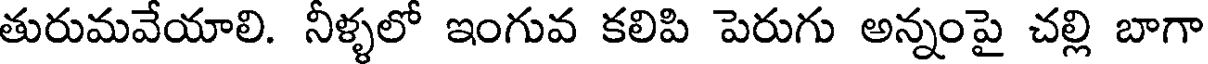
తురుమవేయాలి. నీళ్ళలో ఇంగువ కలిపి పెరుగు అన్నంపై చల్లి బాగా